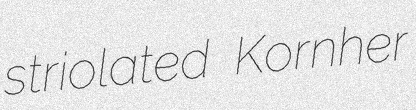
striolated Kornher